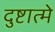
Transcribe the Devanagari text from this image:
दुष्टात्मे